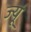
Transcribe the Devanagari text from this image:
ज्यूं